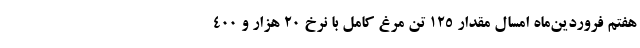
هفتم فروردین‌ماه امسال مقدار ۱۲۵ تن مرغ کامل با نرخ ۲۰ هزار و ۴۰۰